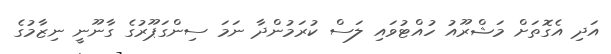
އަދި އެގޮތަށް މަޝްރޫއު ހުއްޓުވައި ލަސް ކުރަމުންދާ ނަމަ ސިންގަޕޫރުގެ ގާނޫނީ ނިޒާމުގެ